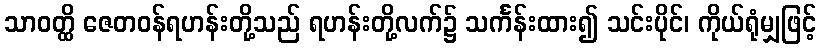
သာဝတ္ထိ ဇေတဝန်ရဟန်းတို့သည် ရဟန်းတို့လက်၌ သင်္ကန်းထား၍ သင်းပိုင်၊ ကိုယ်ရုံမျှဖြင့်